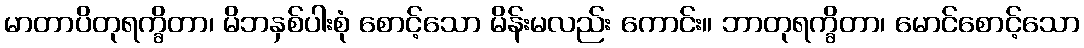
မာတာပိတုရက္ခိတာ၊ မိဘနှစ်ပါးစုံ စောင့်သော မိန်းမလည်း ကောင်း။ ဘာတုရက္ခိတာ၊ မောင်စောင့်သော